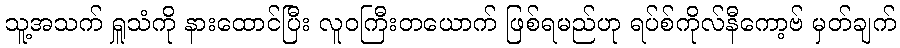
သူ့အသက် ရှူသံကို နားထောင်ပြီး လူဝကြီးတယောက် ဖြစ်ရမည်ဟု ရပ်စ်ကိုလ်နီကော့ဗ် မှတ်ချက်